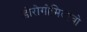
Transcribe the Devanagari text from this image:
डोरोगोमिलोवो